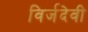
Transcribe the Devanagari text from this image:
विर्जदेवी